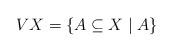
LaTeX: \begin{align*} VX=\{A\subseteq X\mid A\}\end{align*}